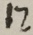
1 2